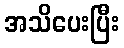
အသိပေးပြီး